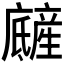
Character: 𤯿